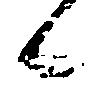
候